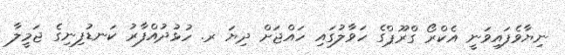
ނިޔާވެފައިވަނީ އެކްރޯ ގްރޫޕްގެ ހަވާލުގައި ހައްޖަށް ދިޔަ ރ. ހުޅުދުއްފާރު ކަނޑުފިނިގެ ޖަމީލާ